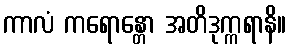
ကာလံ ကရောန္တော အတိဒုက္ကရာနိ။